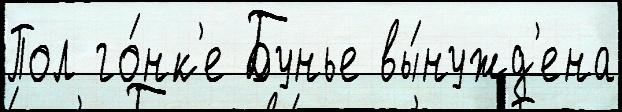
Пол го́нк'е Бунье вы́нужд'ена